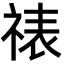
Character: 𬒾